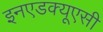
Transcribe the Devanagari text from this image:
इनएडक्यूएसी